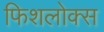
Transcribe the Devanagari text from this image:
फिशलोक्स